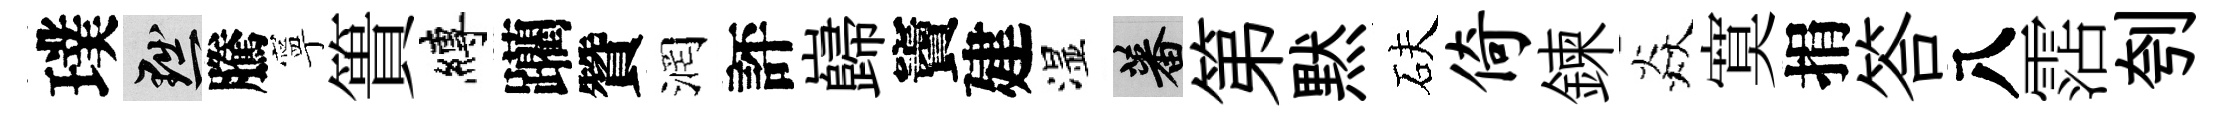
璞黜騰寧簣縛躪贊润評巋竇建湿蕃第黙砆倚鍊焱寞捐答八霑刳